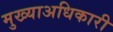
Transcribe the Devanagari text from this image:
मुख्याअधिकारी